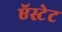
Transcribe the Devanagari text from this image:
ऍस्टेट